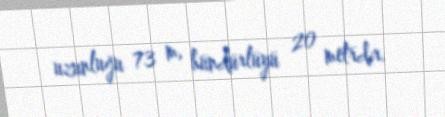
uzunluğu 73 m, hündürlüyü 20 metrdir.